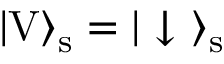
| \mathrm { V } \rangle _ { \mathrm { s } } = | \downarrow \ \rangle _ { \mathrm { s } }